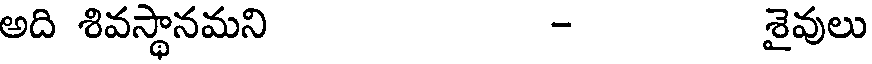
అది శివస్థానమని - శైవులు